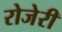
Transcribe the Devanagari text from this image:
रोजेरी